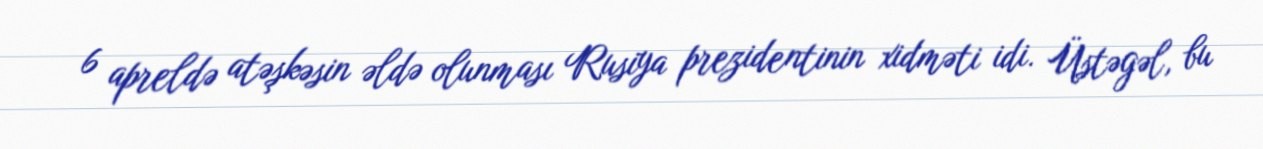
6 apreldə atəşkəsin əldə olunması Rusiya prezidentinin xidməti idi. Üstəgəl, bu